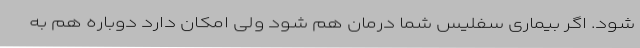
شود. اگر بیماری سفلیس شما درمان هم شود ولی امکان دارد دوباره هم به